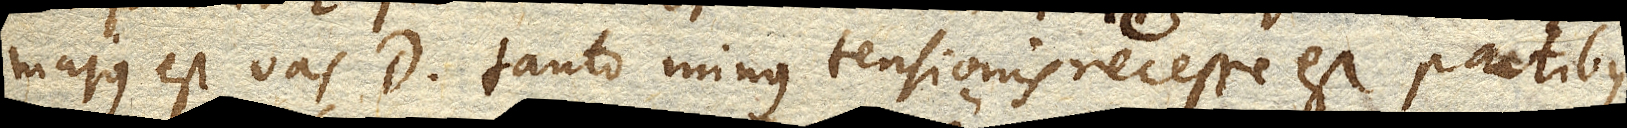
majus est vas D tanto minus tensionis necesse est partibus